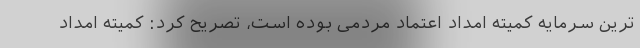
ترین سرمایه کمیته امداد اعتماد مردمی بوده است، تصریح کرد: کمیته امداد